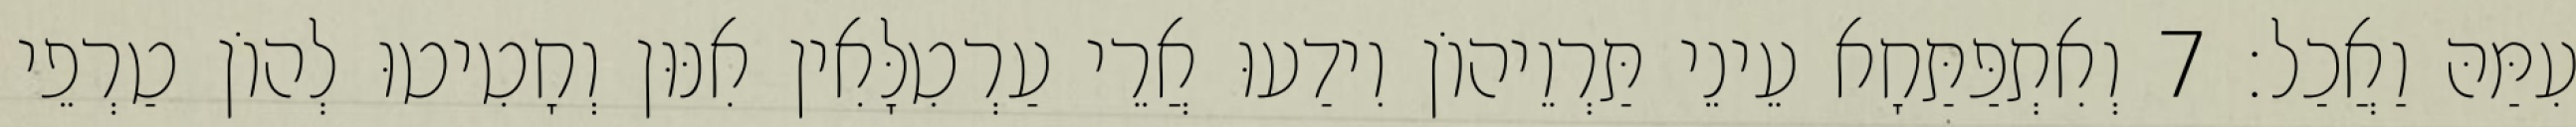
עִמַּהּ וַאֲכַל׃ 7 וְאִתְפַּתַּחָא עֵינֵי תַּרְוֵיהוֹן וִידַעוּ אֲרֵי עַרְטִלָּאִין אִנּוּן וְחָטִיטוּ לְהוֹן טַרְפֵי